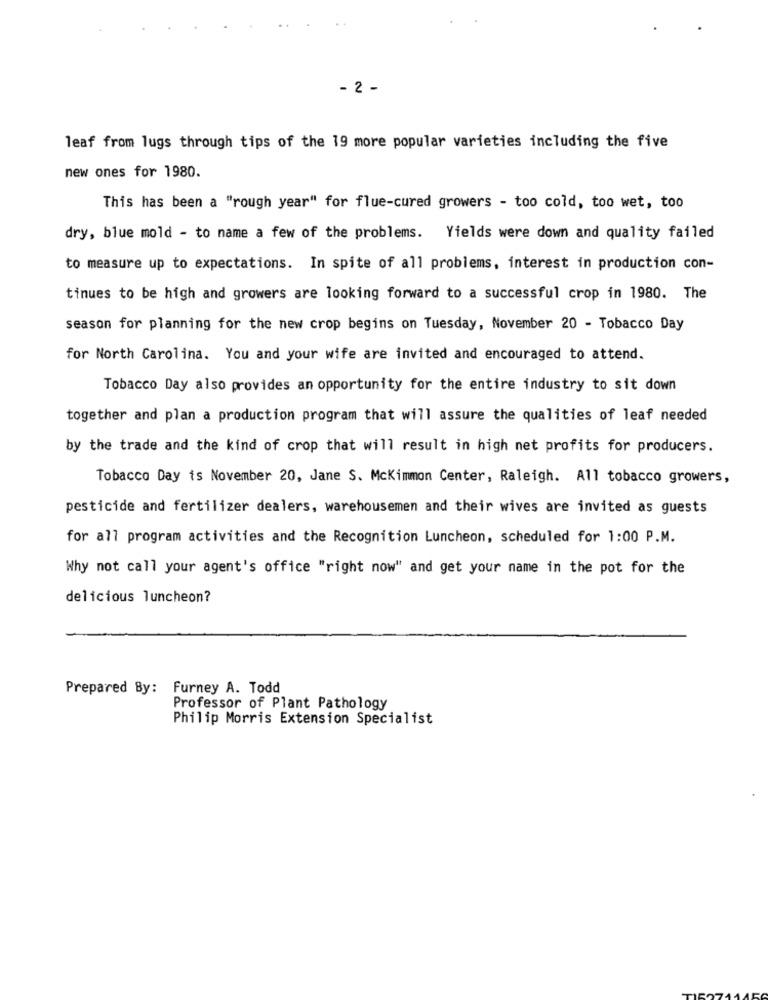
- 2 -
leaf from lugs through tips of the 19 more popular varieties including the five
new ones for 1980.
This has been a "rough year" for flue-cured growers - too cold, too wet, too
dry, blue mold - to name a few of the problems. Yields were down and quality failed
to measure up to expectations. In spite of all problems, interest in production con-
tinues to be high and growers are looking forward to a successful crop in 1980. The
season for planning for the new crop begins on Tuesday, November 20 - Tobacco Day
for North Carolina. You and your wife are invited and encouraged to attend.
Tobacco Day also provides an opportunity for the entire industry to sit down
together and plan a production program that will assure the qualities of leaf needed
by the trade and the kind of crop that will result in high net profits for producers.
Tobacco Day is November 20, Jane S. Mckimmon Center, Raleigh. All tobacco growers,
pesticide and fertilizer dealers, warehousemen and their wives are invited as guests
for all program activities and the Recognition Luncheon, scheduled for 1:00 P.M.
Why not call your agent's office "right now" and get your name in the pot for the
delicious luncheon?
Prepared By: Furney A. Todd
Professor of Plant Pathology
Philip Morris Extension Specialist